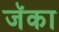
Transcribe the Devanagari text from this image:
जॅका